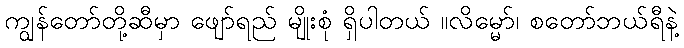
ကျွန်တော်တို့ဆီမှာ ဖျော်ရည် မျိုးစုံ ရှိပါတယ် ။လိမ္မော်၊ စတော်ဘယ်ရီနဲ့